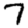
Digit: 7